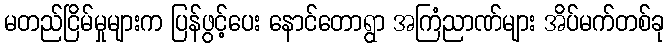
မတည်ငြိမ်မှုများက ပြန်ဖွင့်ပေး နောင်တောရွာ အကြံညာဏ်များ အိပ်မက်တစ်ခု